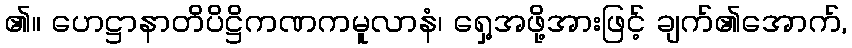
၏။ ဟေဋ္ဌာနာတိပိဋ္ဌိကဏကမူလာနံ၊ ရှေ့အဖို့အားဖြင့် ချက်၏အောက်,